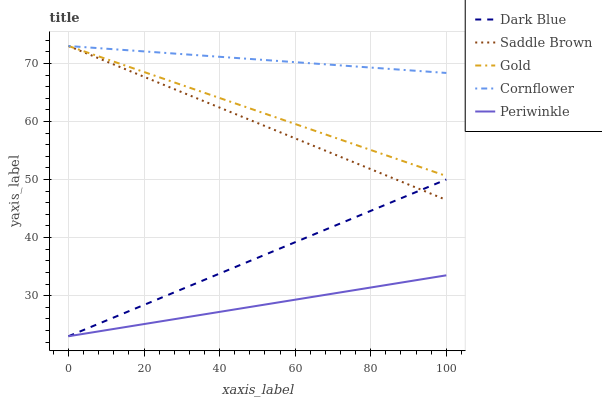
| xaxis_label | Dark Blue | Saddle Brown | Gold | Cornflower | Periwinkle |
 | --- | --- | --- | --- | --- | --- |
 | 0 | 23 | 73 | 73 | 73 | 23 |
 | 7.69 | 25.1 | 71 | 71.3 | 72.6 | 23.8 |
 | 15.4 | 27.2 | 68.9 | 69.6 | 72.3 | 24.6 |
 | 23.1 | 29.2 | 66.9 | 67.8 | 71.9 | 25.4 |
 | 30.8 | 31.3 | 64.8 | 66.1 | 71.6 | 26.2 |
 | 38.5 | 33.4 | 62.8 | 64.4 | 71.2 | 27 |
 | 46.2 | 35.5 | 60.8 | 62.7 | 70.9 | 27.8 |
 | 53.8 | 37.5 | 58.7 | 60.9 | 70.5 | 28.7 |
 | 61.5 | 39.6 | 56.7 | 59.2 | 70.1 | 29.5 |
 | 69.2 | 41.7 | 54.6 | 57.5 | 69.8 | 30.3 |
 | 76.9 | 43.8 | 52.6 | 55.8 | 69.4 | 31.1 |
 | 84.6 | 45.9 | 50.6 | 54.1 | 69.1 | 31.9 |
 | 92.3 | 47.9 | 48.5 | 52.3 | 68.7 | 32.7 |
 | 100 | 50 | 46.5 | 50.6 | 68.4 | 33.5 |